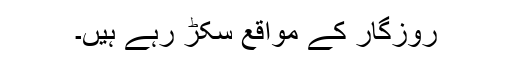
روزگار کے مواقع سکڑ رہے ہیں۔